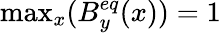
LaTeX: \mathrm{max}_{x}(B_{y}^{eq}(x))=1